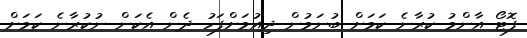
ފޮޓޯ އާންމު ކުރާނެ ކަމަށް ބުނަމުން ދިއުމަށްފަހު ދެން އެކަން ނުކުރާނެ ކަމަށް